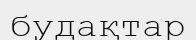
будақтар